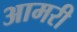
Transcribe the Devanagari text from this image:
आमरी